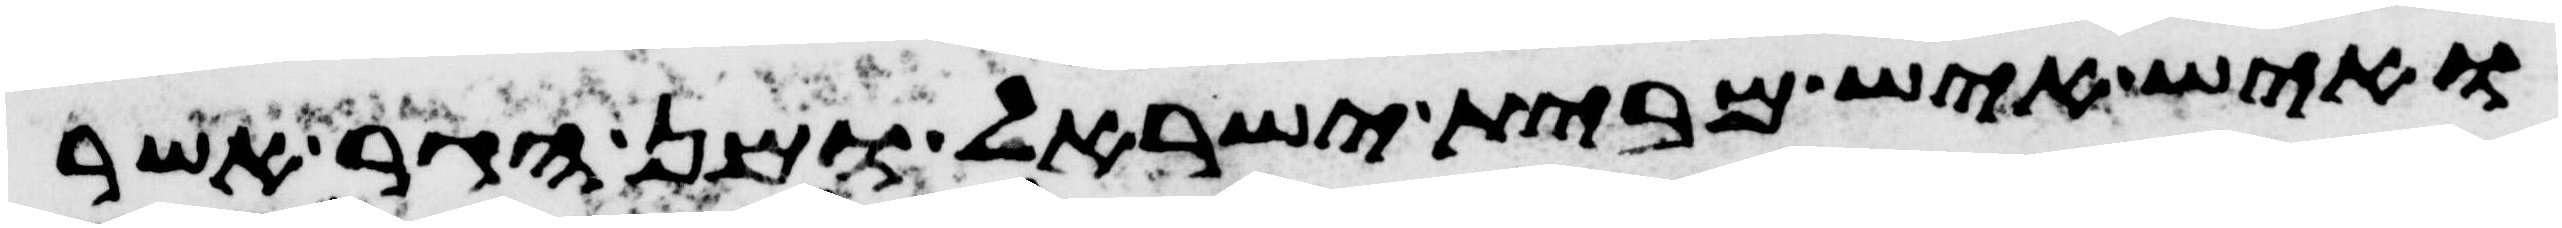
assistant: ואיש איש מבית ישראל ומן הגר אשר